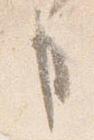
事